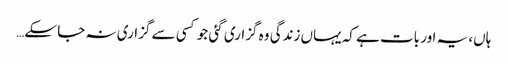
ہاں، یہ اور بات ہے کہ یہاں زندگی وہ گزاری گئی جو کسی سے گزاری نہ جا سکے…